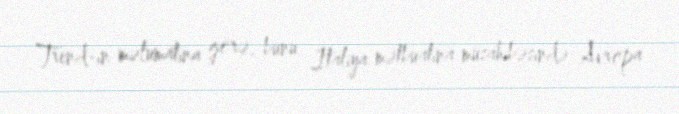
Trend-in məlumatına görə, bunu İtaliya mətbuatına müsahibəsində Avropa